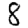
Digit: 8